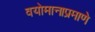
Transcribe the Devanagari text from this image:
वयोमानाप्रमाणे